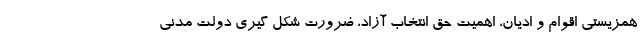
همزیستی اقوام و ادیان، اهمیت حق انتخاب آزاد، ضرورت شکل گیری دولت مدنی